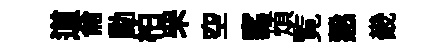
道侖勳柏罘空窰煩覧慤畿